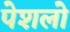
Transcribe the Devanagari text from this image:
पेशलो